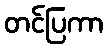
တင်ပြကာ